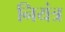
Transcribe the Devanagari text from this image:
नियंत्र